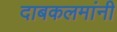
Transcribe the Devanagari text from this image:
दाबकलमांनी